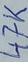
Text: 47K